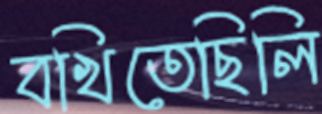
বখিতেছিলি